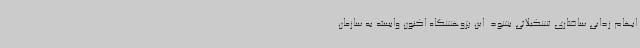
ابهام زدایی ساختاری تشکیلاتی بشود. این پژوهشگاه اکنون وابسته به سازمان